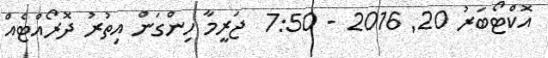
އޮކްޓޯބަރު 20